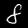
Label: 8